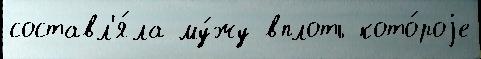
составл'я́ла му́жу вплоть кото́роjе